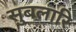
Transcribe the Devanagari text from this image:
सुबलारि